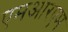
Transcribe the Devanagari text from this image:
एमआरएम